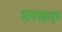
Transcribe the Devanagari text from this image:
सायनाइडयुक्त